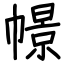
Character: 幜